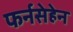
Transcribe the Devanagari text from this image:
फर्नसेहेन